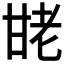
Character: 𰢩